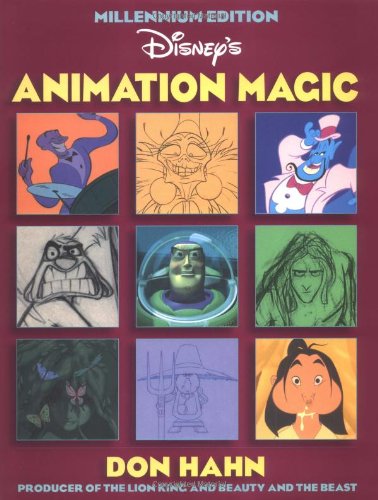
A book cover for Animation Magic 2001; Don Hahn; Humor & Entertainment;